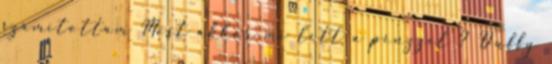
számítottam Most akkor mi lett a pénzzel ? Duffy